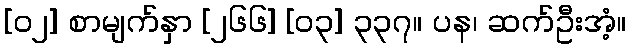
[၀၂] စာမျက်နှာ [၂၆၆] [၀၃] ၃၃၇။ ပန၊ ဆက်ဦးအံ့။